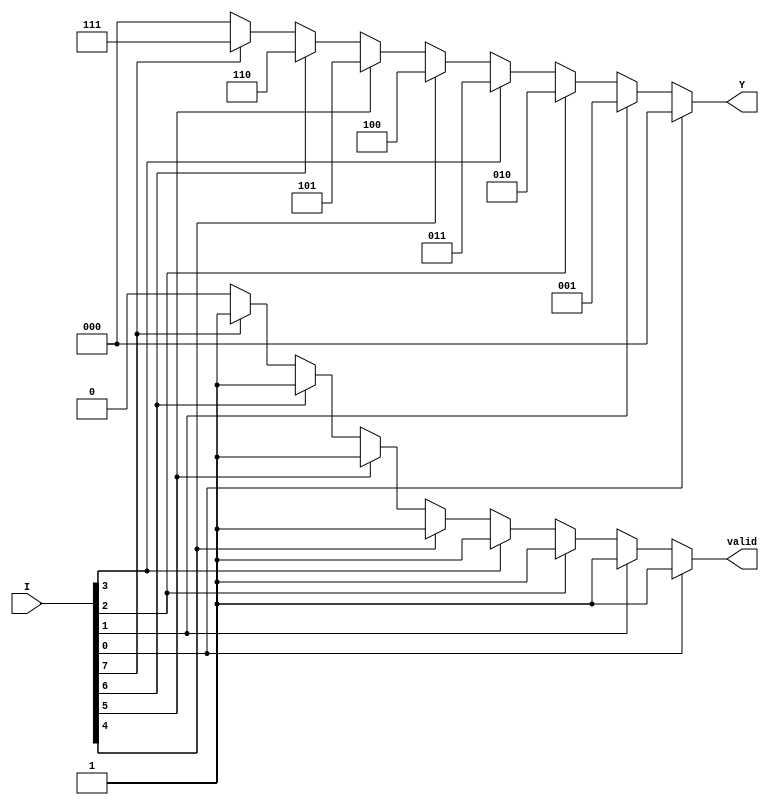
module encoder_8to3 (
    input wire [7:0] I,  // 8 input lines
    output reg [2:0] Y,  // 3 output lines
    output reg valid      // Valid signal
);

// Combinational logic to encode inputs
always @(*) begin
    case (1'b1) // Check for active inputs
        I[0]: begin Y = 3'b000; valid = 1; end
        I[1]: begin Y = 3'b001; valid = 1; end
        I[2]: begin Y = 3'b010; valid = 1; end
        I[3]: begin Y = 3'b011; valid = 1; end
        I[4]: begin Y = 3'b100; valid = 1; end
        I[5]: begin Y = 3'b101; valid = 1; end
        I[6]: begin Y = 3'b110; valid = 1; end
        I[7]: begin Y = 3'b111; valid = 1; end
        default: begin Y = 3'b000; valid = 0; end // No inputs active
    endcase
end

endmodule